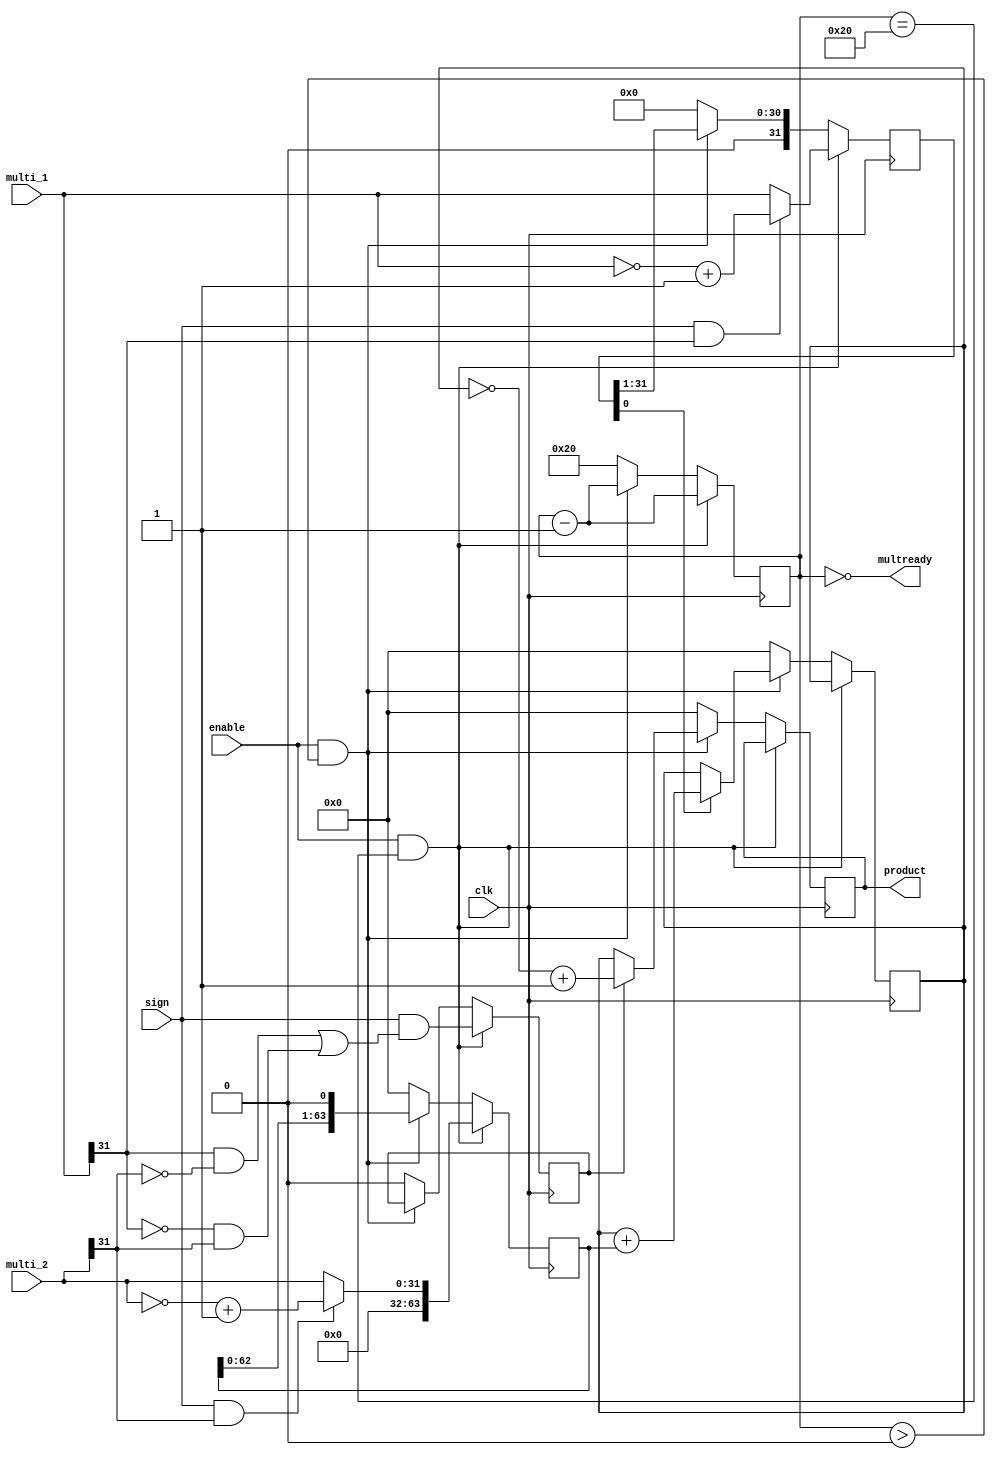
module multiplier(clk, sign, enable, multi_1, multi_2, product, multready);
   input         clk, sign, enable;
   input  [31:0] multi_1, multi_2;
   output [63:0] product;
   output	 multready;

   reg    [63:0] product, product_temp;

   reg    [31:0] multi_1_copy;
   reg    [63:0] multi_2_copy;
   reg           neg_output;

   reg    [6:0]  i;

   initial begin
      product      = 64'b0;
      product_temp = 64'b0;
      multi_1_copy = 32'b0;
      multi_2_copy = 64'b0;
      neg_output   = 1'b0;
      i            = 7'd32;
   end

   assign multready = !i;

   always @(posedge clk) begin
      // First enable cycle set input values to multiply
      if (enable & (i == 7'd32)) begin
	multi_2_copy <= (sign && multi_2[31]) ? { 32'd0, ~multi_2 + 1'b1} : { 32'd0, multi_2 };   // 32 bit zeros front + 32 regular bit back = 64 bit, neg and signed = 1
	multi_1_copy <= (sign && multi_1[31]) ? ~multi_1 + 1'b1 : multi_1;                        // Regular 32 bit
	neg_output   <= sign && ((multi_1[31] && ~multi_2[31]) || (~multi_1[31] && multi_2[31])); // NOTE: Neg times neg will make this zero
	i <= i - 1'b1;
      end
      // Every other cycle, perform action by adding
      else if (enable & i>0) begin
        if ( multi_1_copy[0] == 1'b1 ) begin
          product_temp <= product_temp + multi_2_copy;
        end
        multi_1_copy <= multi_1_copy >> 1;
 	multi_2_copy <= multi_2_copy << 1;
        product <= neg_output ? (~product_temp + 1'b1) : product_temp;
        i <= i - 1'b1;
      end
      // Restarts in enable off
      else begin
	product      <= 64'b0;
        product_temp <= 64'b0;
	multi_1_copy <= 32'b0;
	multi_2_copy <= 64'b0;
	neg_output   <= 1'b0;
        i            <= 7'd32;
      end
   end
endmodule